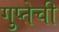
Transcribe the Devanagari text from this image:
गुप्तेची